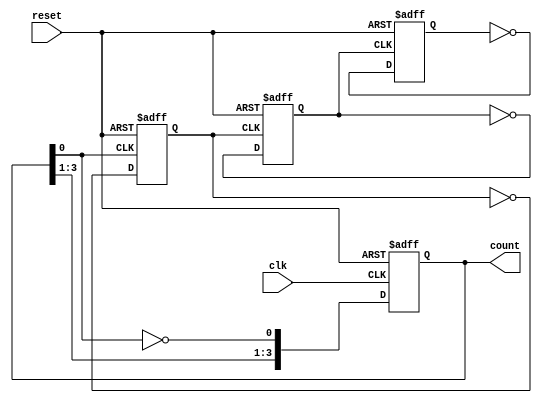
module async_counter (
    input wire clk,          // Clock input
    input wire reset,        // Asynchronous reset
    output reg [n-1:0] count // Counter output
);
    parameter n = 4; // Number of bits (flip-flops)

    // Flip-flop behavior
    always @(posedge clk or posedge reset) begin
        if (reset) begin
            count <= 0; // Reset the counter to 0
        end else begin
            count[0] <= ~count[0]; // Toggle the least significant bit (FF0)
        end
    end

    // Ripple effect for the other flip-flops
    genvar i;
    generate
        for (i = 1; i < n; i = i + 1) begin : flip_flops
            always @(posedge count[i-1] or posedge reset) begin
                if (reset) begin
                    count[i] <= 0; // Reset the flip-flop
                end else begin
                    count[i] <= ~count[i]; // Toggle the current flip-flop
                end
            end
        end
    endgenerate
endmodule